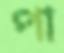
পা